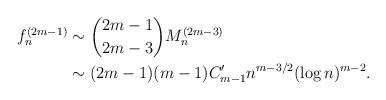
LaTeX: \begin{align*}f_n^{(2m-1)} &\sim \binom{2m-1}{2m-3} M^{(2m-3)}_n \\&\sim (2m-1)(m-1) C'_{m-1} n^{m-3/2} (\log n)^{m-2}. \end{align*}